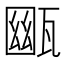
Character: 𤭳